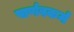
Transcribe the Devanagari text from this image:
पार्णवकर्म